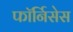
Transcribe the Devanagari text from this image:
फॉर्निसेस